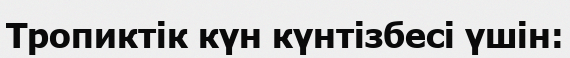
Тропиктік күн күнтізбесі үшін: